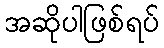
အဆိုပါဖြစ်ရပ်